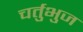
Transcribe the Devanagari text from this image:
चर्तुभुज